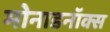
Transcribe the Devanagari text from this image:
मोनाडनॉक्स